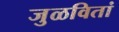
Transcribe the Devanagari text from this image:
जुळवितां